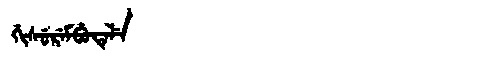
Manchu: ᡤᡳᠰᡠᡵᡝᠮᠪᡠᡨᡝᠯᡝ
Romanization: GISUREMBUTELE